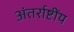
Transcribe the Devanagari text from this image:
अंतर्राष्टींय